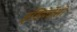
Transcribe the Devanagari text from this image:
इंडिपेडेंसी